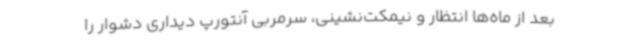
بعد از ماه‌ها انتظار و نیمکت‌نشینی، سرمربی آنتورپ دیداری دشوار را